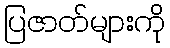
ပြဇာတ်များကို